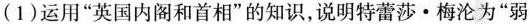
(1)运用”英国内阁和首相”的知识，说明特蕾莎·梅沦为”弱